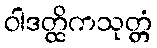
ဝါဒတ္ထိကသုတ္တံ